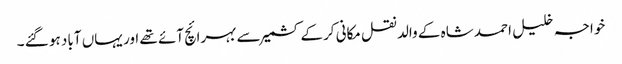
خواجہ خلیل احمد شاہ کے والد نقل مکانی کرکے کشمیر سے بہرائچ آئے تھے اور یہاں آباد ہو گئے ۔